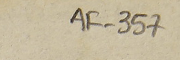
AF-357